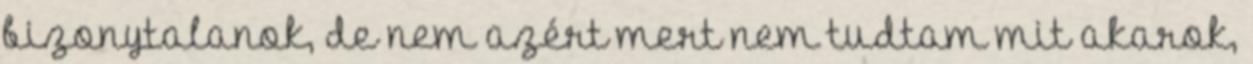
bizonytalanok, de nem azért mert nem tudtam mit akarok,